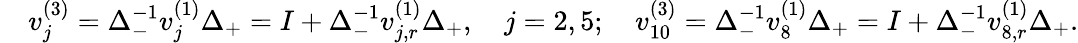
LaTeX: \begin{array}{rl}&{v_{j}^{(3)}=\Delta_{-}^{-1}v_{j}^{(1)}\Delta_{+}=I+\Delta_{-}^{-1}v_{j,r}^{(1)}\Delta_{+},\quad j=2,5;\quad v_{10}^{(3)}=\Delta_{-}^{-1}v_{8}^{(1)}\Delta_{+}=I+\Delta_{-}^{-1}v_{8,r}^{(1)}\Delta_{+}.}\end{array}